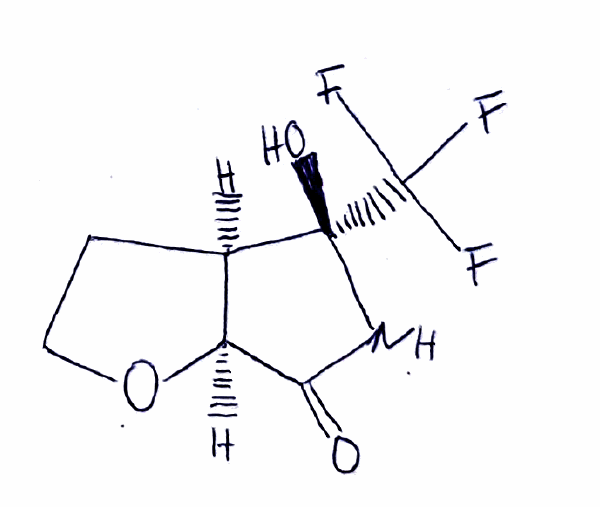
Simplified molecular-input line-entry system (SMILES) notation of the given molecule:
C1CO[C@H]2[C@@H]1[C@@](NC2=O)(C(F)(F)F)O